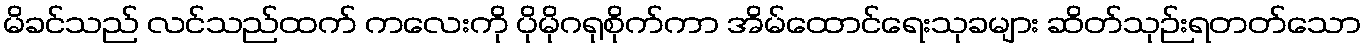
မိခင်သည် လင်သည်ထက် ကလေးကို ပိုမိုဂရုစိုက်ကာ အိမ်ထောင်ရေးသုခများ ဆိတ်သုဉ်းရတတ်သော